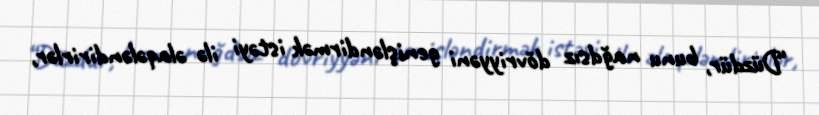
“Düzdür, bunu nağdsız dövriyyəni genişləndirmək istəyi ilə əlaqələndirirlər,